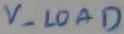
Text: V- LOAD